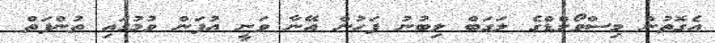
އެގޮތުން މިސްވޯލްޑްގެ ލަގަބް ލިބުނު ފަހުން އޭނާ ވަނީ އުފަން ވުމުގައި ތުންފަތް